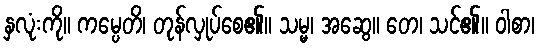
နှလုံးကို။ ကမ္ပေတိ၊ တုန်လှုပ်စေ၏။ သမ္မ၊ အဆွေ။ တေ၊ သင်၏။ ဝါစာ၊